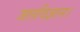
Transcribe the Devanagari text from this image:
जलविज्ञान।